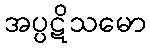
အပ္ပဋိသမော